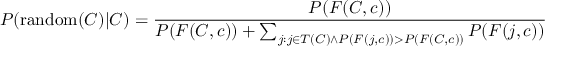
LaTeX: P ( \operatorname { r a n d o m } ( C ) | C ) = { \frac { P ( F ( C , c ) ) } { P ( F ( C , c ) ) + \sum _ { j : j \in T ( C ) \land P ( F ( j , c ) ) > P ( F ( C , c ) ) } P ( F ( j , c ) ) } }